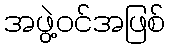
အဖွဲ့ဝင်အဖြစ်